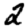
Digit: 2